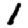
Digit: 1